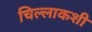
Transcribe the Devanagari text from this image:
चिल्लाकशी